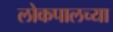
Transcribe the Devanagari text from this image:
लोकपालच्या